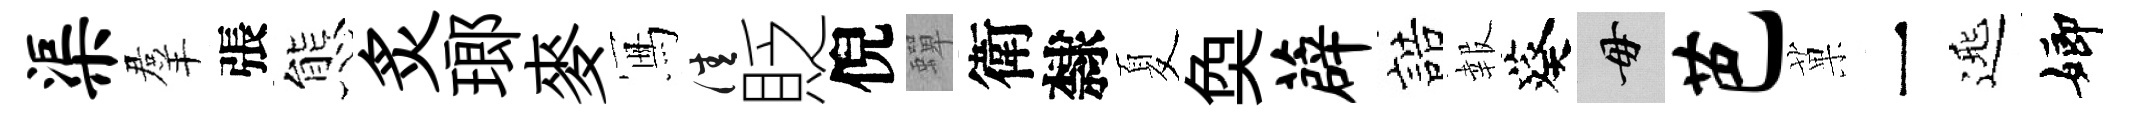
渠羣張態炙瑯麥冩佳貶倪蟬衛隸夏奐薜誥報葵毋芭菓一𨓱嫏